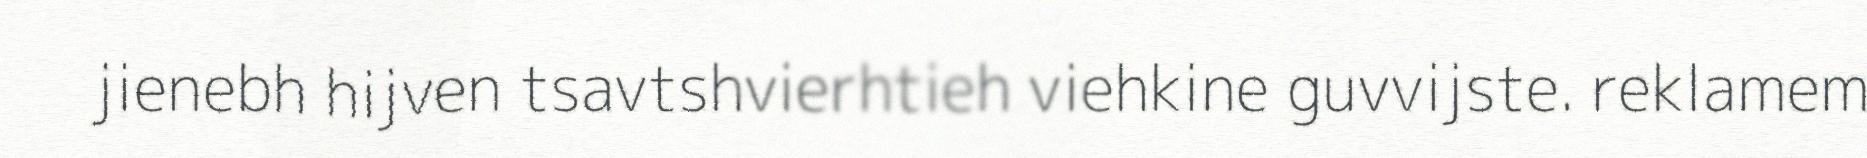
jienebh hijven tsavtshvierhtieh viehkine guvvijste. reklamem